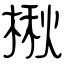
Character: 楸